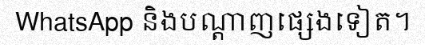
WhatsApp និងបណ្តាញផ្សេងទៀត។